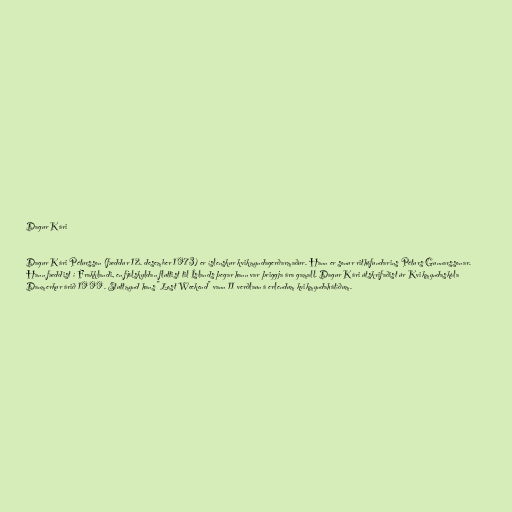
Dagur Kári

Dagur Kári Pétursson (fæddur 12. desember 1973) er íslenskur kvikmyndagerðarmaður. Hann er sonur rithöfundarins Péturs Gunnarssonar.
Hann fæddist í Frakklandi, en fjölskyldan fluttist til Íslands þegar hann var þriggja ára gamall. Dagur Kári útskrifaðist úr Kvikmyndaskóla
Danmerkur árið 1999. Stuttmynd hans "Lost Weekend" vann 11 verðlaun á erlendum kvikmyndahátíðum.